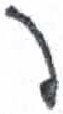
אות: פ